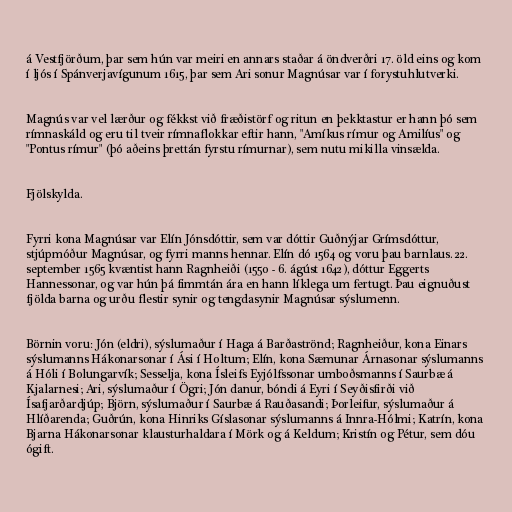
á Vestfjörðum, þar sem hún var meiri en annars staðar á öndverðri 17. öld eins og kom
í ljós í Spánverjavígunum 1615, þar sem Ari sonur Magnúsar var í forystuhlutverki.

Magnús var vel lærður og fékkst við fræðistörf og ritun en þekktastur er hann þó sem
rímnaskáld og eru til tveir rímnaflokkar eftir hann, "Amíkus rímur og Amilíus" og
"Pontus rímur" (þó aðeins þrettán fyrstu rímurnar), sem nutu mikilla vinsælda.

Fjölskylda.

Fyrri kona Magnúsar var Elín Jónsdóttir, sem var dóttir Guðnýjar Grímsdóttur,
stjúpmóður Magnúsar, og fyrri manns hennar. Elín dó 1564 og voru þau barnlaus. 22.
september 1565 kvæntist hann Ragnheiði (1550 - 6. ágúst 1642), dóttur Eggerts
Hannessonar, og var hún þá fimmtán ára en hann líklega um fertugt. Þau eignuðust
fjölda barna og urðu flestir synir og tengdasynir Magnúsar sýslumenn.

Börnin voru: Jón (eldri), sýslumaður í Haga á Barðaströnd; Ragnheiður, kona Einars
sýslumanns Hákonarsonar í Ási í Holtum; Elín, kona Sæmunar Árnasonar sýslumanns
á Hóli í Bolungarvík; Sesselja, kona Ísleifs Eyjólfssonar umboðsmanns í Saurbæ á
Kjalarnesi; Ari, sýslumaður í Ögri; Jón danur, bóndi á Eyri í Seyðisfirði við
Ísafjarðardjúp; Björn, sýslumaður í Saurbæ á Rauðasandi; Þorleifur, sýslumaður á
Hlíðarenda; Guðrún, kona Hinriks Gíslasonar sýslumanns á Innra-Hólmi; Katrín, kona
Bjarna Hákonarsonar klausturhaldara í Mörk og á Keldum; Kristín og Pétur, sem dóu
ógift.